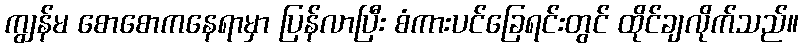
ကျွန်မ စောစောကနေရာမှာ ပြန်လာပြီး စံကားပင်ခြေရင်းတွင် ထိုင်ချလိုက်သည်။